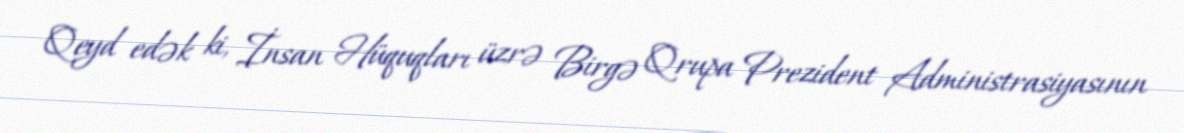
Qeyd edək ki, İnsan Hüquqları üzrə Birgə Qrupa Prezident Administrasiyasının